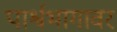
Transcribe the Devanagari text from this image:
पार्श्वभागावर